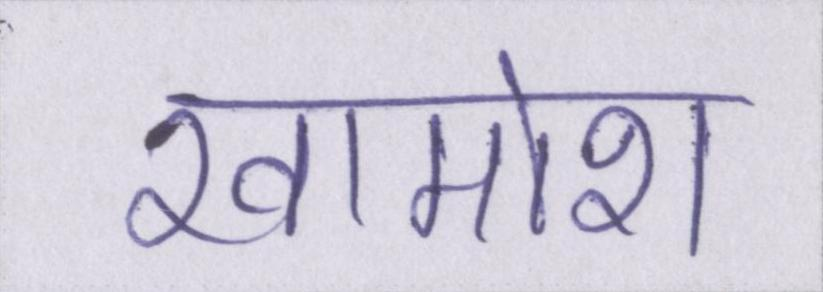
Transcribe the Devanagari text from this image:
खामोश